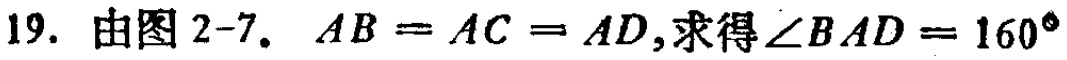
19. 由图2-7. \(AB = AC = AD\),求得\(\angle BAD = 160^{\circ}\)